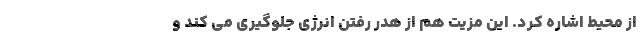
از محیط اشاره کرد. این مزیت هم از هدر رفتن انرژی جلوگیری می کند و